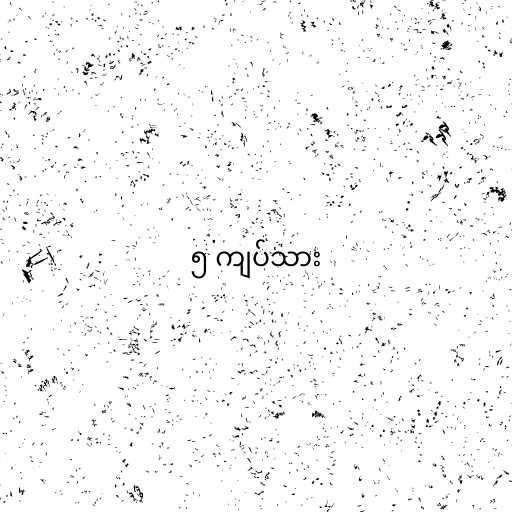
၅ ကျပ်သား